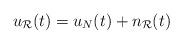
LaTeX: \begin{align*}u_{\mathcal{R}} (t) = u_N (t) + n_{\mathcal{R}} (t)\end{align*}